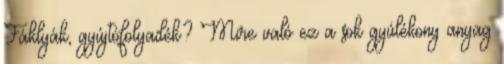
Fáklyák, gyújtófolyadék? Mire való ez a sok gyúlékony anyag